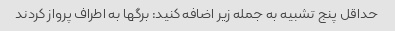
حداقل پنج تشبیه به جمله زیر اضافه کنید: برگها به اطراف پرواز کردند